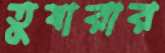
তুষারার